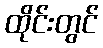
ထိုင်းတွင်